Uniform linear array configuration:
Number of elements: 32
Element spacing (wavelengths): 0.5
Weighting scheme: uniform
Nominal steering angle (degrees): -15
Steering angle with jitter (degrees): -16.348
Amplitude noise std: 0.05
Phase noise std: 0.05

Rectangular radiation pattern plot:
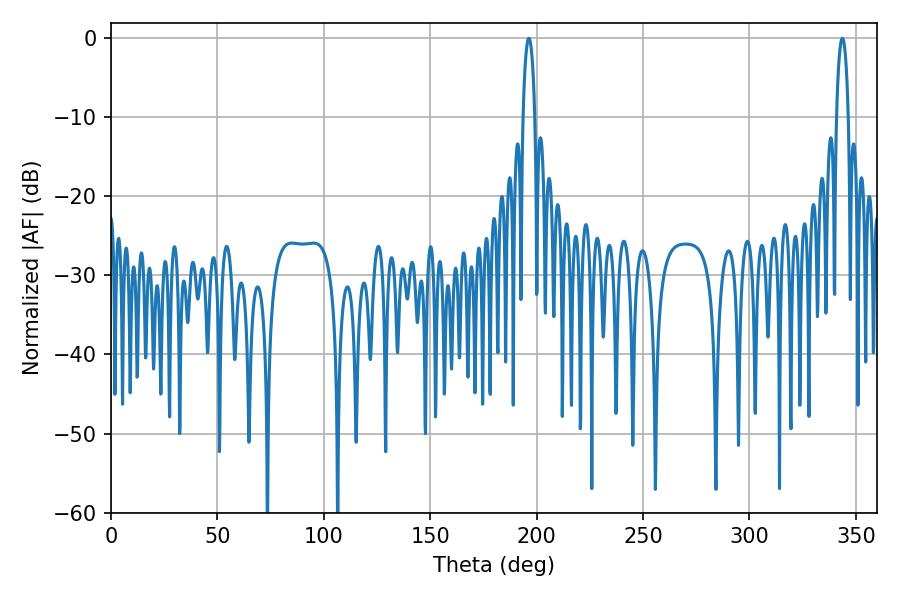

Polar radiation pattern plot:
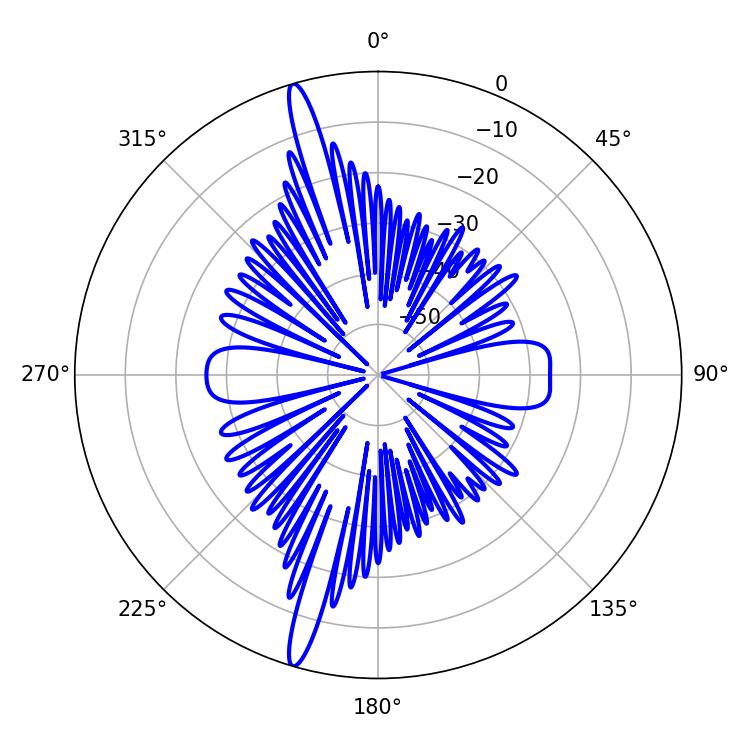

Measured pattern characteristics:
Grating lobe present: FALSE
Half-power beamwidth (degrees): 3.06
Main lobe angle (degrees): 343.62